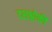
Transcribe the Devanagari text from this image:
दशश्लोकी